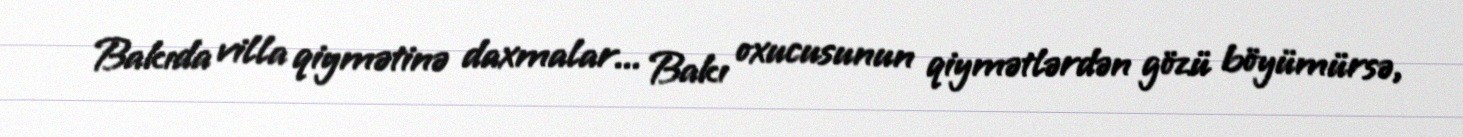
Bakıda villa qiymətinə daxmalar... Bakı oxucusunun qiymətlərdən gözü böyümürsə,